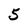
Character: 5